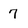
Character: 7